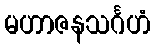
မဟာဇနသင်္ဂဟံ